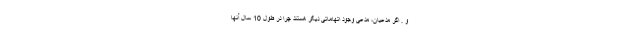
و . اگر مدعیان، مدعی وجود اتهاماتی دیگر هستند چرا در طول 10 سال آنها